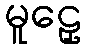
မူဠှေ